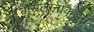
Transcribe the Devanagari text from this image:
बार्सेलोनाकडुन